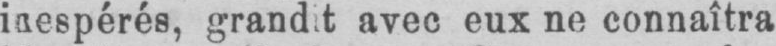
avec eux ne connaîtra